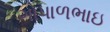
ગોપાળભાઇ